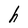
Character: h